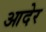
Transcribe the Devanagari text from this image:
आदेर